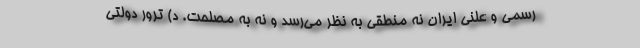
رسمی و علنیِ ایران نه منطقی به نظر می‌رسد و نه به مصلحت. د) ترور دولتی